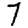
Digit: 7